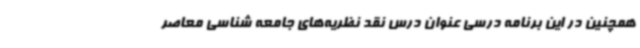
همچنین در این برنامه درسی عنوان درس نقد نظریه‌های جامعه شناسی معاصر